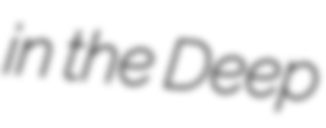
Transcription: in the Deep